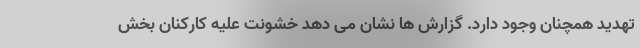
تهدید همچنان وجود دارد. گزارش ها نشان می دهد خشونت علیه کارکنان بخش